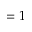
= 1